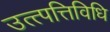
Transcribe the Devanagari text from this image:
उत्त्पत्तिविधि